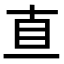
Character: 𥄂